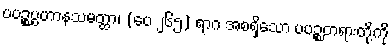
ပပဉ္စပ္ပဟာနသမတ္ထာ၊ (ပေ ၂၆၅) ရာဂ အစရှိသော ပပဉ္စတရားတို့ကို